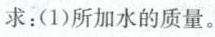
求：(1)所加水的质量。